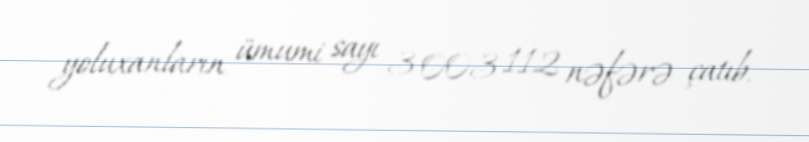
yoluxanların ümumi sayı 3 003 112 nəfərə çatıb.